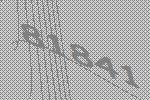
81841